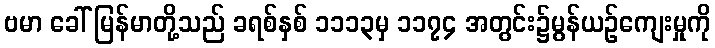
ဗမာ ခေါ် မြန်မာတို့သည် ခရစ်နှစ် ၁၁၁၃မှ ၁၁၇၄ အတွင်း၌မွန်ယဉ်ကျေးမှုကို